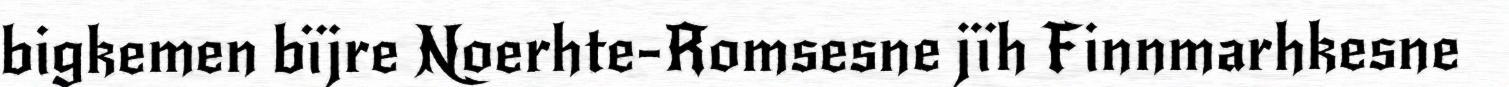
bigkemen bïjre Noerhte-Romsesne jïh Finnmarhkesne